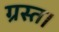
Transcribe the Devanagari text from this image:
ग्रस्त।